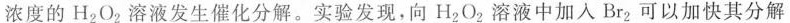
浓度的H_{2}O_{2}溶液发生催化分解。实验发现，向H_{2}O_{2}溶液中加入Br_{2}可以加快其分解